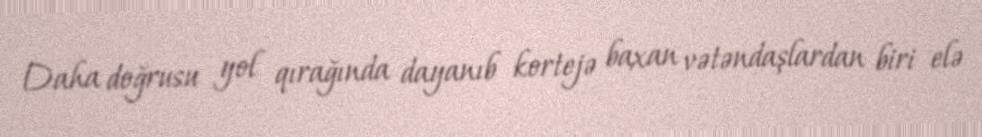
Daha doğrusu yol qırağında dayanıb kortejə baxan vətəndaşlardan biri elə